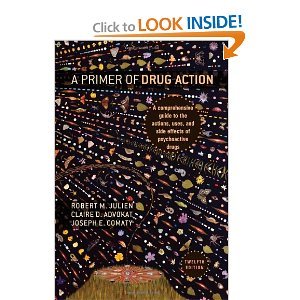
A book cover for Primer of Drug Action: 12th (Twelfth Edition); Robert M. Julien; Medical Books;